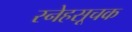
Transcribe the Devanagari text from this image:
स्नेहसूचक